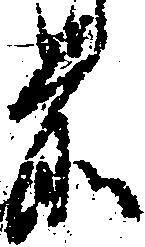
前